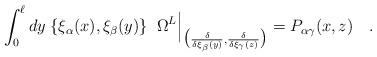
LaTeX: \begin{align*}\int_0^\ell dy\;\{\xi_\alpha(x),\xi_\beta(y)\}\;\;\Omega ^L\Big|_{\big({\delta\over \delta\xi_\beta(y)},{\delta\over \delta\xi_\gamma(z)}\big)}=P_{\alpha\gamma}(x,z) \quad.\end{align*}